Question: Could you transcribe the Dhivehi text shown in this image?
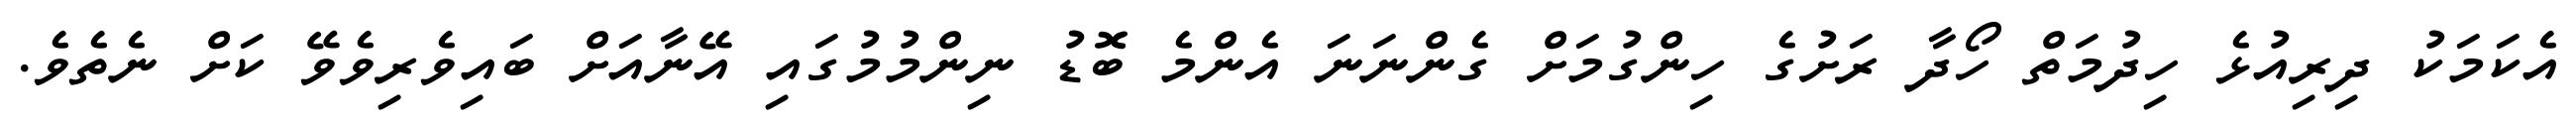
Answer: އެކަމަކު ދިރިއުޅެ ހިދުމަތް ހޯދާ ރަށުގެ ހިންގުމަށް ގެންނަނަ އެންމެ ބޮޑު ނިންމުމުގައި އޭނާއަށް ބައިވެރިވެވޭ ކަށް ނެތެވެ.